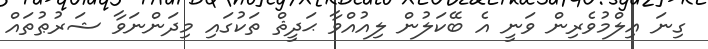
ގިނަ ޢިލްމުވެރިން ވަނީ އެ ބޭކަލުން ލިއުއްވާ ޙަދީޘް ތަކުގައި މިދަންނަވާ ޝަރުޠުތައް